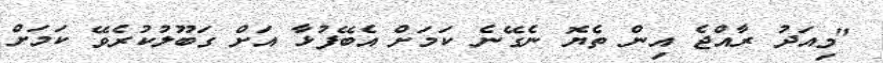
"މިއަދު ރާއްޖެ އިން ތެޔޮ ނެގޭނެ ކަމަށް އެބޭފުޅާ އަށް ގަބޫލުކުރެވޭ ކަމަށް